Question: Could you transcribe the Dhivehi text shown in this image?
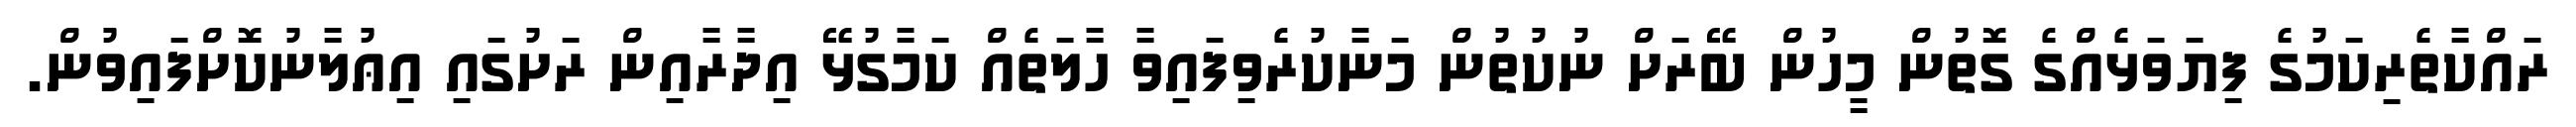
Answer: ރައްކާތެރިކަމުގެ ފިޔަވަޅެއްގެ ގޮތުން މީހުން ބޭރަށް ނުކުތުން މަނާކުރެވިފައިވާ ހާލަތެއް ކަމާގުޅޭ އިދާރާއިން ރަށުގައި އިޢުލާނުކޮށްފައިވުން.